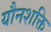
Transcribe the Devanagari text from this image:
यौनशक्ति